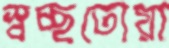
স্বচ্ছতোয়া